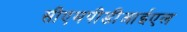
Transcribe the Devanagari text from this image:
सीएमपीडीआईएल